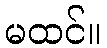
မထင်။